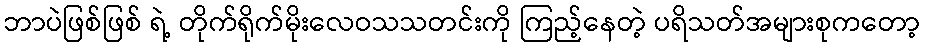
ဘာပဲဖြစ်ဖြစ် ရဲ့ တိုက်ရိုက်မိုးလေဝသသတင်းကို ကြည့်နေတဲ့ ပရိသတ်အများစုကတော့